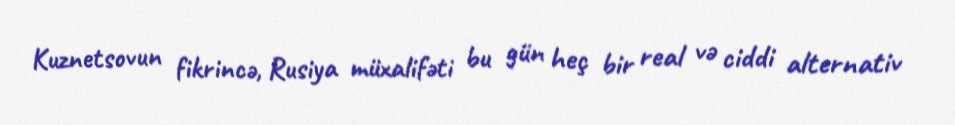
Kuznetsovun fikrincə, Rusiya müxalifəti bu gün heç bir real və ciddi alternativ